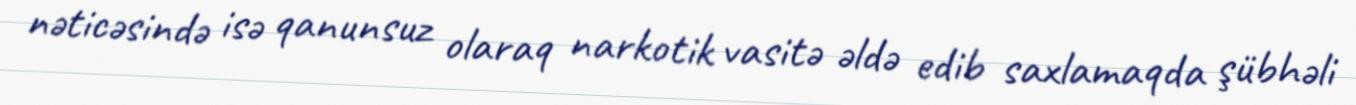
nəticəsində isə qanunsuz olaraq narkotik vasitə əldə edib saxlamaqda şübhəli